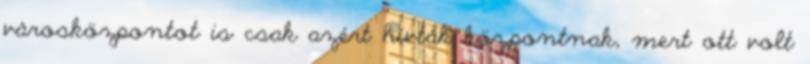
városközpontot is csak azért hívták központnak, mert ott volt